Document type: Emphyteutic lease
Year: 1274
Scribe: Pere Marquès
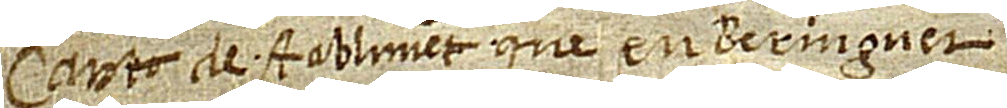
Cart de stabliment que en Beringuer